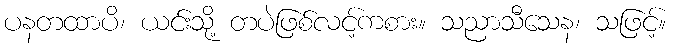
ပနတထာပိ၊ ယင်းသို့ တပဲဖြစ်လင့်ကစား။ သညာသီသေန၊ သဖြင့်။